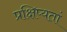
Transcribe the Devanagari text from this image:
प्रक्षिप्यतां